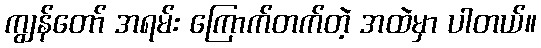
ကျွန်တော် အရမ်း ကြောက်တက်တဲ့ အထဲမှာ ပါတယ်။